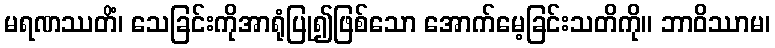
မရဏဿတိံ၊ သေခြင်းကိုအာရုံပြု၍ဖြစ်သော အောက်မေ့ခြင်းသတိကို။ ဘာဝိဿာမ၊